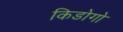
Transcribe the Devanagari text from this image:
किडोगो